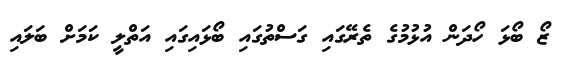
ޒޯ ބޯޅަ ހޯދަން އުޅުމުގެ ތެރޭގައި ގަސްތުގައި ބޯޅައިގައި އަތްލީ ކަމަށް ބަލައި